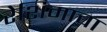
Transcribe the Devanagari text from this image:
रेशिमाचा